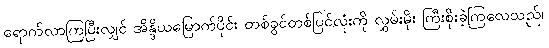
ရောက်လာကြပြီးလျှင် အိန္ဒိယမြောက်ပိုင်း တစ်ခွင်တစ်ပြင်လုံးကို လွှမ်းမိုး ကြီးစိုးခဲ့ကြလေသည်။